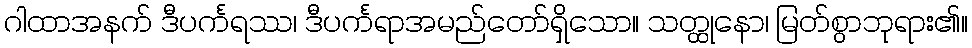
ဂါထာအနက် ဒီပင်္ကရဿ၊ ဒီပင်္ကရာအမည်တော်ရှိသော။ သတ္ထုနော၊ မြတ်စွာဘုရား၏။